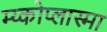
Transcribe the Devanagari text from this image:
म्य्कोप्लास्मा